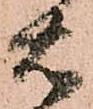
右